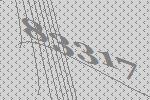
83317